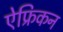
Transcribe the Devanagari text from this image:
ऐफ्रिकन